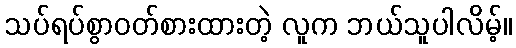
သပ်ရပ်စွာဝတ်စားထားတဲ့ လူက ဘယ်သူပါလိမ့်။